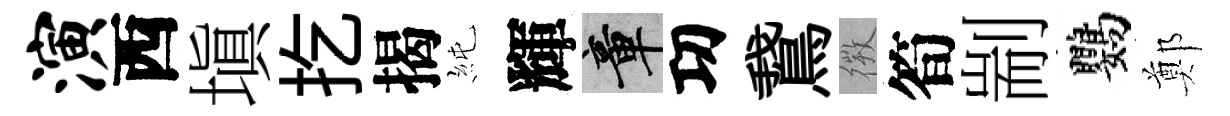
演西塡扢揭純輝章㓛鵞𢕄筍剬鸚鄭